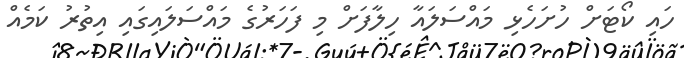
ހައި ކޯޓަށް ހުށަހެޅި މައްސަލައާ ހިލާފަށް މި ފަހަރުގެ މައްސަލައިގައި އިތުރު ކަމެއް